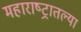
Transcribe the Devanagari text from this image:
महाराष्‍ट्रातल्या